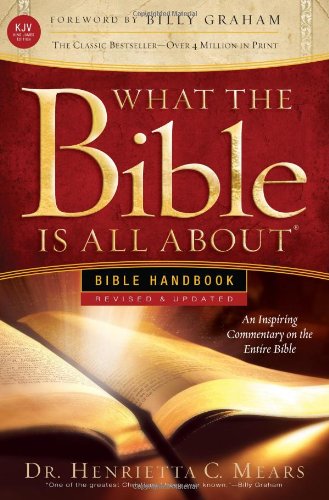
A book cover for What the Bible Is All About Handbook-Revised-KJV Edition: Bible Handbooks - An Inspired Commentary on the Entire Bible; Henrietta C. Mears; Christian Books & Bibles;